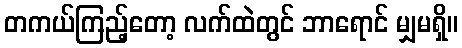
တကယ်ကြည့်တော့ လက်ထဲတွင် ဘာရောင် မျှမရှိ။